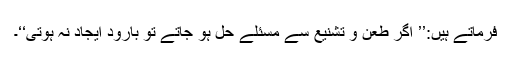
فرماتے ہیں:’’ اگر طعن و تشنیع سے مسئلے حل ہو جاتے تو بارود ایجاد نہ ہوتی‘‘۔